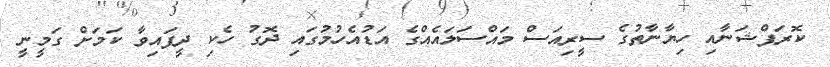
ކޮރަޕްޝަނާއި ހިޔާނާތުގެ ސީރިއަސް މައްސަލައެއްގެ އަޑުއެހުމުގައި ދޮގު ހެކި ދީފައިވާ ކަމަށް ގަމީނީ